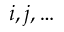
i , j , \dots